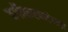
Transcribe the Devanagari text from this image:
वर्गीकरणांच्या